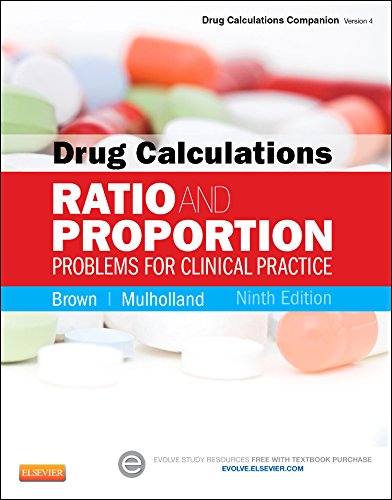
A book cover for Drug Calculations: Ratio and Proportion Problems for Clinical Practice, 9e (Drug Calculations Companion); Meta Brown RN  Med; Medical Books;